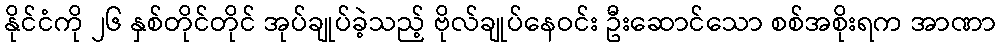
နိုင်ငံကို ၂၆ နှစ်တိုင်တိုင် အုပ်ချုပ်ခဲ့သည့် ဗိုလ်ချုပ်နေဝင်း ဦးဆောင်သော စစ်အစိုးရက အာဏာ